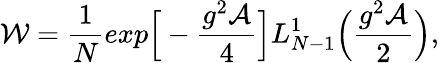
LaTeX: {\cal W}=\frac{1}{N}exp\Big[-\frac{g^{2}\cal A}{4}\Big]L_{N-1}^{1}\Bigl(\frac{g^{2}{\cal A}}{2}\Bigr),